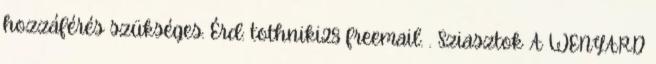
hozzáférés szükséges. Érd: tothniki28 freemail. . Sziasztok A WENYARD